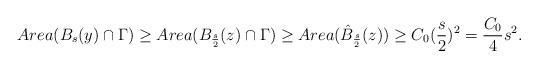
LaTeX: \begin{align*}Area(B_s(y)\cap\Gamma)\geq Area(B_{\frac{s}{2}}(z)\cap\Gamma)\geq Area(\hat{B}_{\frac{s}{2}}(z))\geq C_0(\frac{s}{2})^2=\frac{C_0}{4}s^2.\end{align*}